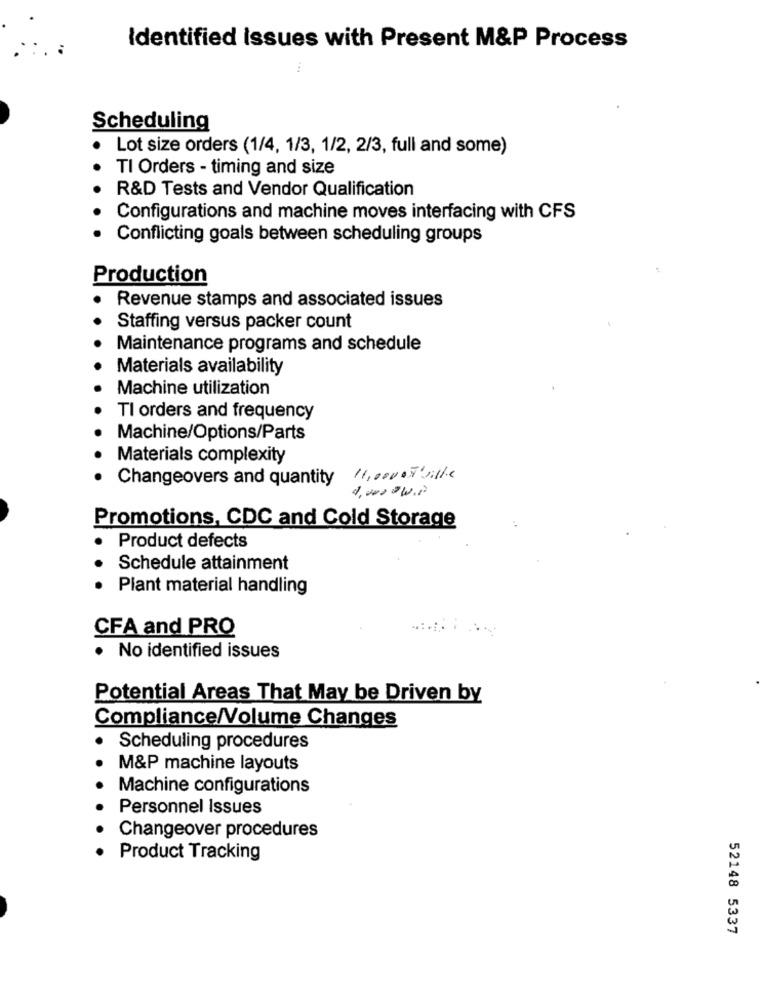
Identified Issues with Present M&P Process
Scheduling
Lot size orders (1/4, 1/3, 1/2, 2/3, full and some)
TI Orders - timing and size
R&D Tests and Vendor Qualification
Configurations and machine moves interfacing with CFS
Conflicting goals between scheduling groups
Production
Revenue stamps and associated issues
Staffing versus packer count
Maintenance programs and schedule
Materials availability
Machine utilization
TI orders and frequency
Machine/Options/Parts
Materials complexity
Changeovers and quantity
11,000 0 J' ville
4. 000 .W.P
Promotions, CDC and Cold Storage
Product defects
Schedule attainment
Plant material handling
CFA and PRO
· No identified issues
Potential Areas That May be Driven by
Compliance/Volume Changes
Scheduling procedures
M&P machine layouts
Machine configurations
Personnel Issues
Changeover procedures
Product Tracking
52148 5337